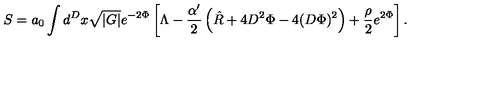
S = a _ { 0 } \int d ^ { D } x \sqrt { | G | } e ^ { - 2 \Phi } \left[ \Lambda - \frac { \alpha ^ { \prime } } { 2 } \left( \hat { R } + 4 D ^ { 2 } \Phi - 4 ( D \Phi ) ^ { 2 } \right) + \frac { \rho } { 2 } e ^ { 2 \Phi } \right] . \,